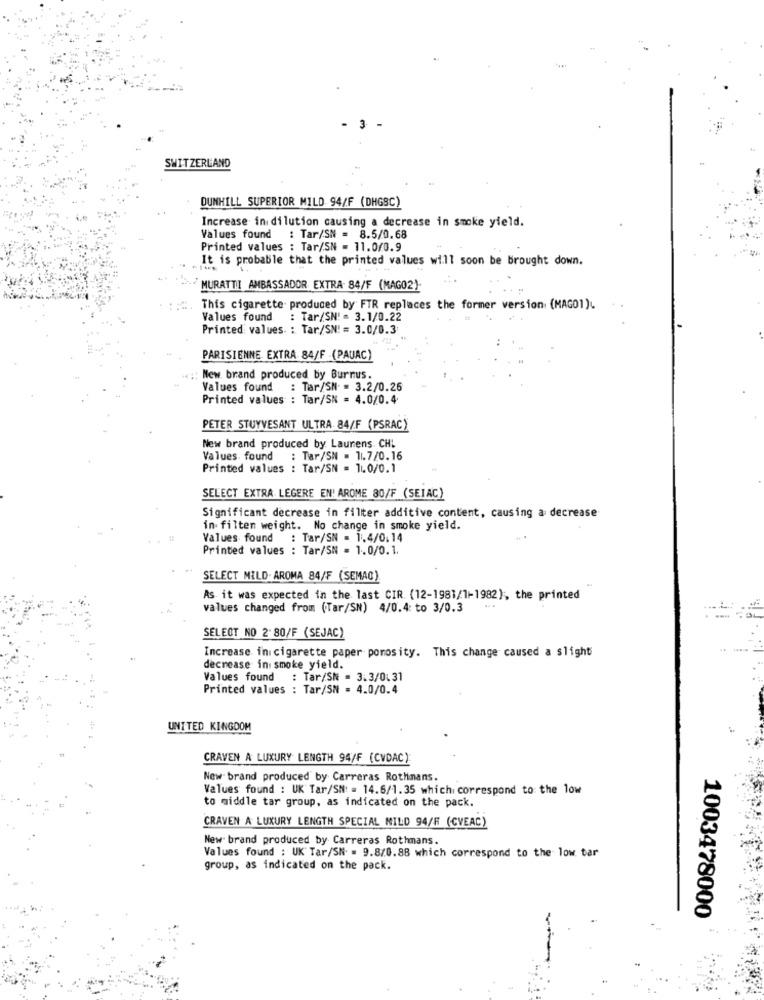
- 3 -
SWITZERLAND
DUNHILL SUPERIOR MILD 94/F (DHGSC)
Increase in dilution causing a decrease in smoke yield.
Values found : Tar/SN = 8.5/0.68
Printed values : Tar/SN = 11.0/0.9
It is probable that the printed values will soon be brought down.
MURATTI AMBASSADOR EXTRA 84/F (MAGO2)-
This cigarette produced by FTR replaces the former version (MAGO1)
Values found
: Tar/SN! = 3.1/0.22
Printed values : Tar/SN! = 3.0/0.3
PARISIENNE EXTRA 84/F (PAUAC)
:: New brand produced by Burnus.
Values found
: Tar/SN = 3.2/0.26
Printed values : Tar/SN = 4.0/0.4
PETER STUYVESANT ULTRA 84/F (PSRACY
New brand produced by Laurens CHI
Values. found
: Tar/SN = 1.7/0.16
Printed values : Tar/SN = 1.0/0.1
SELECT EXTRA LEGERE EN' AROME 80/F (SEIAC)
Significant decrease in filter additive content, causing a decrease
in filten weight. No change in smoke yield.
Values found : Tar/SN = 1.4/0,14
Printed values : Tar/SN = 1.0/0.1.
SELECT MILD. AROMA 84/F (SEMAC)
As it was expected in the last CIR. (12-1981/1-1982), the printed
values changed from (Tar/SN) 4/0.4: to 3/0.3
SELECT NO 2 80/F (SEJAC)
Increase in cigarette paper porosity. This change caused a slight
decrease in smoke yield.
Values found : Tar/SN = 3.3/0.31
Printed values : Tar/SN = 4.0/0.4
UNITED KINGDOM
CRAVEN A LUXURY LENGTH 94/F (CVDAC)
New- brand produced by Carreras Rothmans.
Values found : UK Tar/SN: = 14.6/1.35 which correspond to the low
to middle tar group, as indicated on the pack.
CRAVEN A LUXURY LENGTH SPECIAL MILD 94/F (CVEAC)
New brand produced by Carreras Rothmans.
Values found : UK Tar/SN = 9.8/0.88 which correspond to the low tar
group, as indicated on the pack.
1003478000